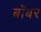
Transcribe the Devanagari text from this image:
बॉबर